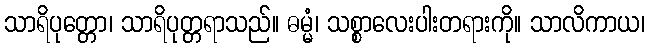
သာရိပုတ္တော၊ သာရိပုတ္တရာသည်။ ဓမ္မံ၊ သစ္စာလေးပါးတရားကို။ သာလိကာယ၊